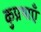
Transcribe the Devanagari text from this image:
कुप्रथाएँ